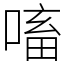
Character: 㗜